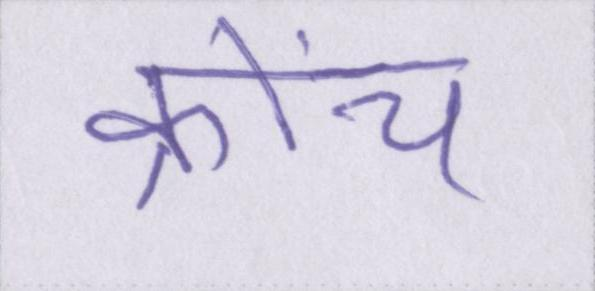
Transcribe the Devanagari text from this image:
क्रोंच